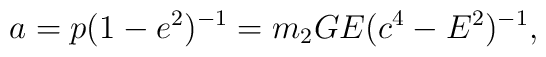
a = p(1 - e^{2})^{- 1} = m_{2}GE(c^{4} - E^{2})^{- 1},